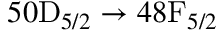
5 0 \mathrm { D } _ { 5 / 2 } \to 4 8 \mathrm { F } _ { 5 / 2 }